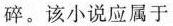
碎。该小说应属于